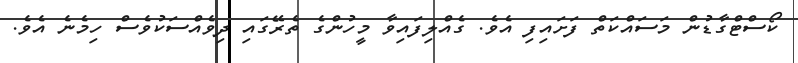
ކޯސްޓްގާޑުން މަސައްކަތް ފަށައިފި އެވެ. ގެއްލިފައިވާ މީހުންގެ ތެރޭގައި ދިވެއްސަކުވެސް ހިމެނެ އެވެ.